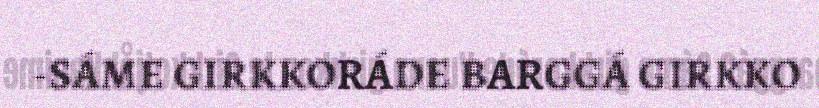
-SÁME GIRKKORÁDE BARGGÁ GIRKKO